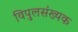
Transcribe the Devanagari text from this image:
विपुलसंख्यक